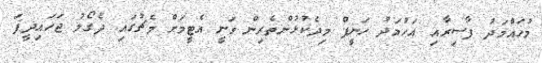
މުހައްމަދު ފާސިރާއި އަހުމަދު ހަނީފް މިދެކުޅުންތެރިން ވަނީ އެޓީމަށް މެޗުގައި ދެގޯލު ޖަހައިދީފަ